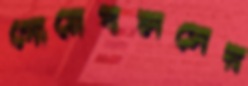
গোয়েবলসের